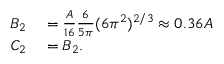
\begin{array} { r l } { B _ { 2 } } & { { } = \frac { A } { 1 6 } \frac { 6 } { 5 \pi } ( 6 \pi ^ { 2 } ) ^ { 2 / 3 } \approx 0 . 3 6 A } \\ { C _ { 2 } } & { { } = B _ { 2 } . } \end{array}